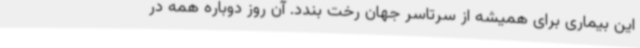
این بیماری برای همیشه از سرتاسر جهان رخت بندد. آن روز دوباره همه در